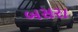
બસરા